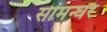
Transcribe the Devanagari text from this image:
सीमन्धर